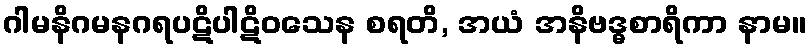
ဂါမနိဂမနဂရပဋိပါဋိဝသေန စရတိ, အယံ အနိဗဒ္ဓစာရိကာ နာမ။